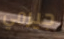
جيرمي